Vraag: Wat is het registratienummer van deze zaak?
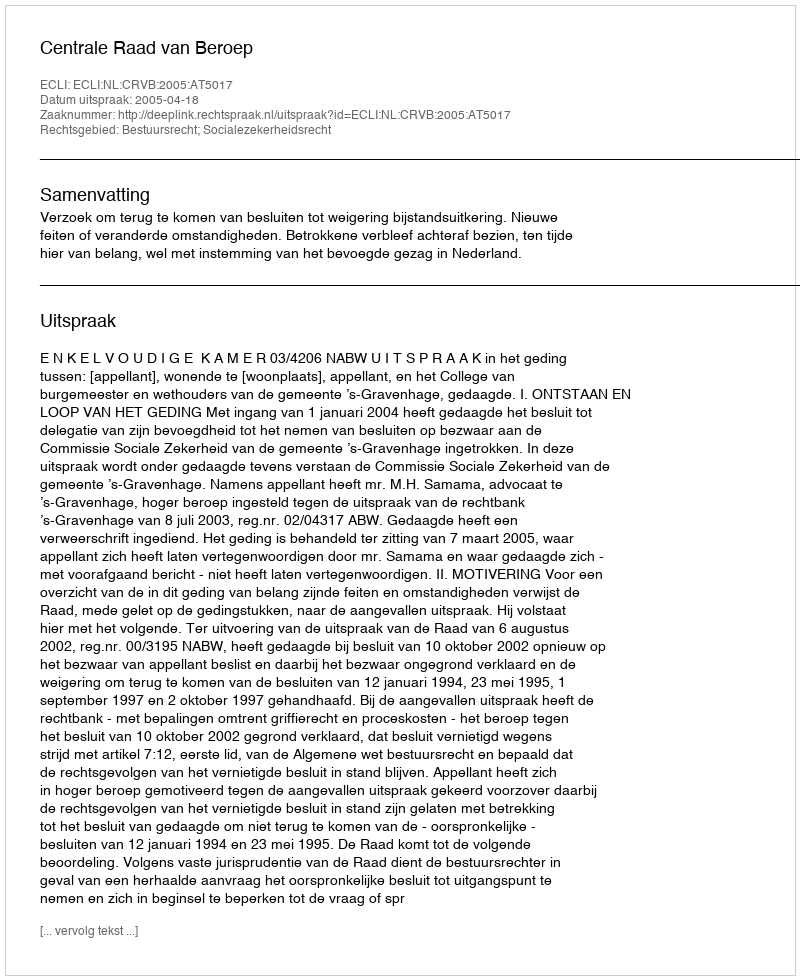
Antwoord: http://deeplink.rechtspraak.nl/uitspraak?id=ECLI:NL:CRVB:2005:AT5017